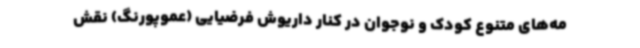
مه‌های متنوع کودک و نوجوان در کنار داریوش فرضیایی (عموپورنگ) نقش‌